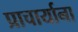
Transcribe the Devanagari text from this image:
प्राचार्याना